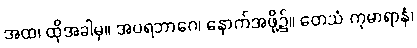
အထ၊ ထိုအခါမှ။ အပရဘာဂေ၊ နောက်အဖို့၌။ တေသံ ကုမာရာနံ၊